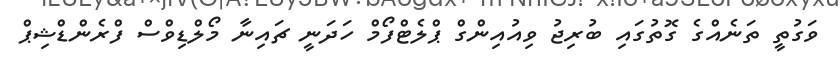
ވަގުތީ ތަނެއްގެ ގޮތުގައި ބުރިޖު ވިއުއިންގް ޕްލެޓްފޯމް ހަދަނީ ޗައިނާ މޯލްޑިވްސް ފްރެންޑްޝިޕް